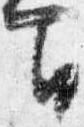
間